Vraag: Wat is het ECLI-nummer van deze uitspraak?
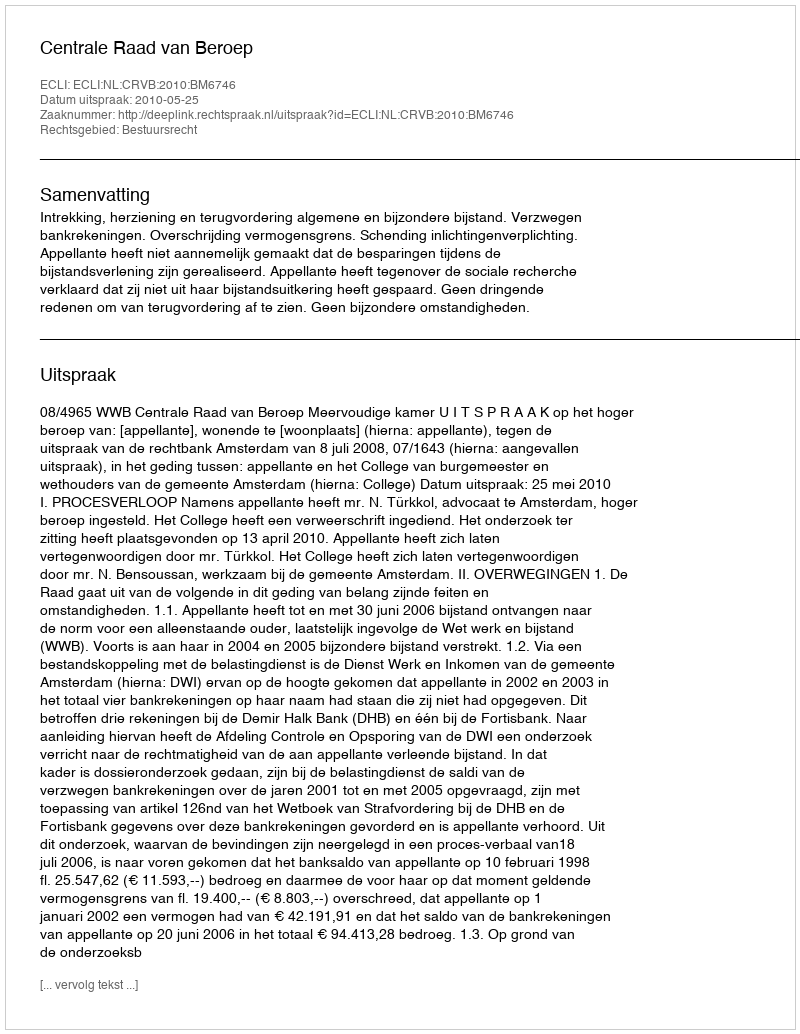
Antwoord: ECLI:NL:CRVB:2010:BM6746